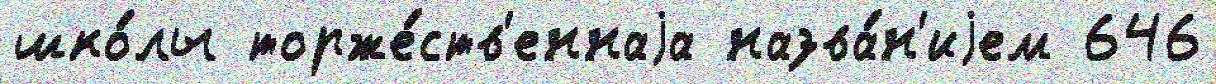
шко́лы торже́ств'еннаjа назва́н'иjем 646